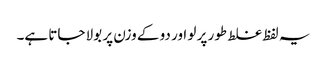
یہ لفظ غلط طور پر لو اور دو کے وزن پر بولا جاتا ہے۔